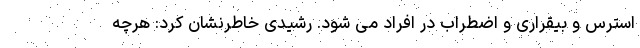
استرس و بیقراری و اضطراب در افراد می شود. رشیدی خاطرنشان کرد: هرچه